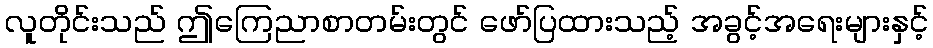
လူတိုင်းသည် ဤကြေညာစာတမ်းတွင် ဖော်ပြထားသည့် အခွင့်အရေးများနှင့်